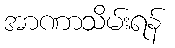
အာဏာသိမ်းရန်